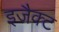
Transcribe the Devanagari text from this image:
इजैक्ट